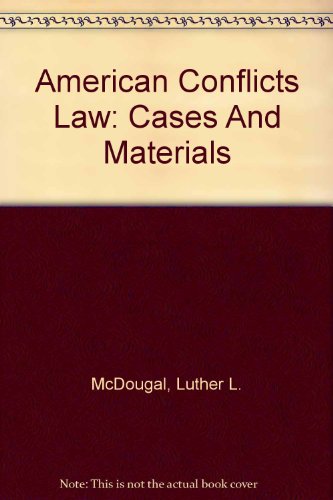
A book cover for American Conflicts Law: Cases And Materials; Luther L. McDougal; Law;